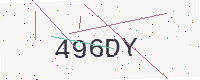
Text: 496DY